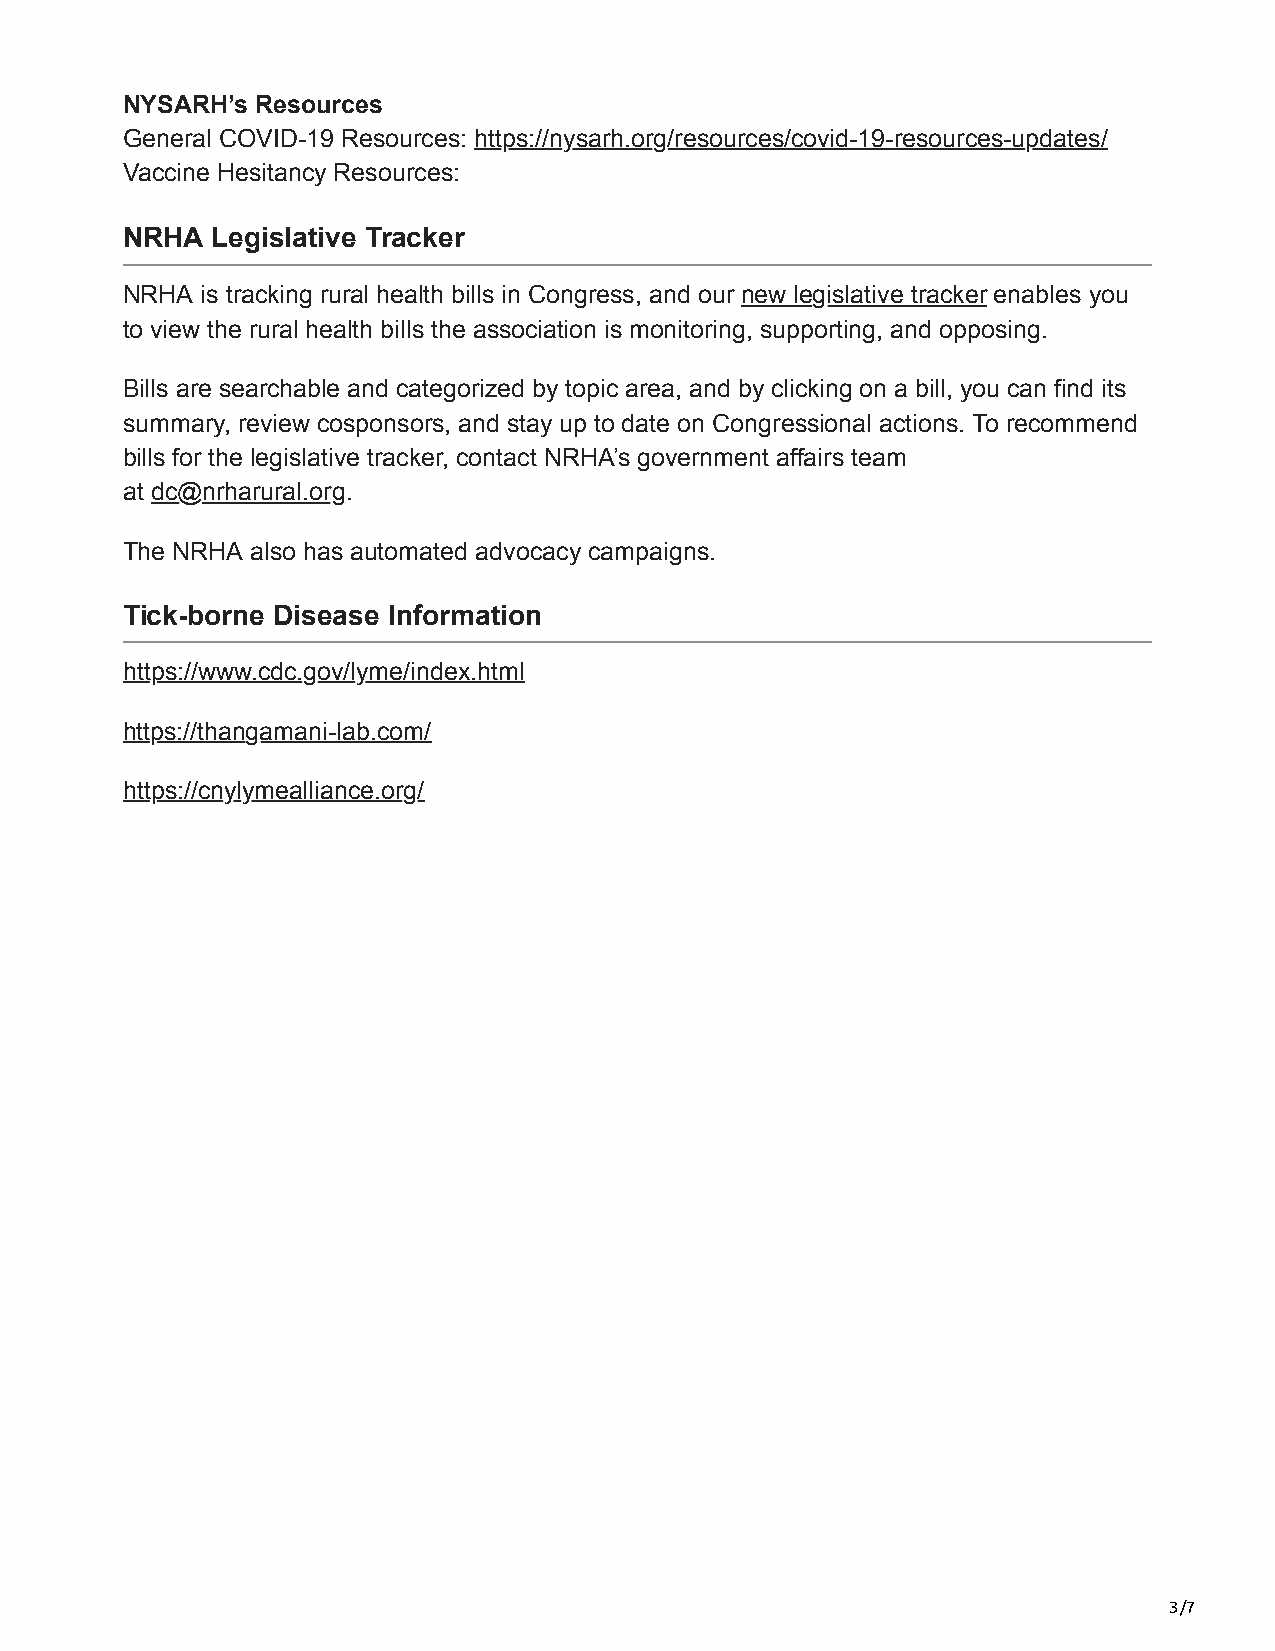
NYSARH’s Resources
 General COVID-19 Resources: https://nysarh.org/resources/covid-19-resources-updates/
 Vaccine Hesitancy Resources:
 NRHA  Legislative Tracker
 NRHA is tracking rural health bills in Congress, and our new legislative tracker enables you
 to view the rural health bills the association is monitoring, supporting, and opposing.
 Bills are searchable and categorized by topic area, and by clicking on a bill, you can find its
 summary, review cosponsors, and stay up to date on Congressional actions. To recommend
 bills for the legislative tracker, contact NRHA’s government affairs team
 at dc@nrharural.org.
 The NRHA also has automated advocacy campaigns.
 Tick-borne Disease Information
 https://www.cdc.gov/lyme/index.html
 https://thangamani-lab.com/
 https://cnylymealliance.org/
 3/7